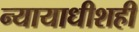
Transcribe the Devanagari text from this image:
न्यायाधीशही